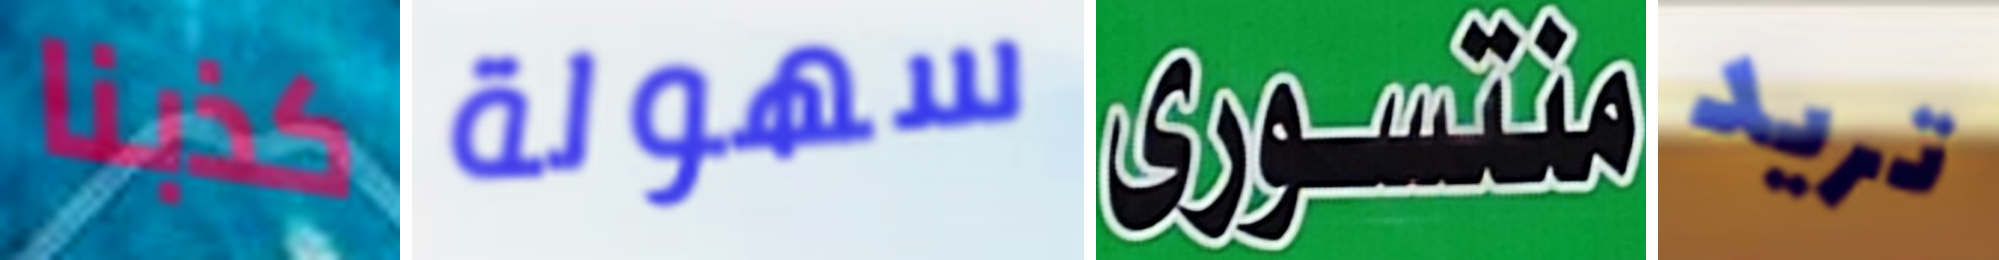
كذبنا سهولة منتسورى تريد